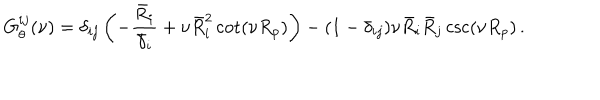
G _ { \theta } ^ { i j } ( \nu ) = \delta _ { i j } \left( - \frac { \bar { R } _ { i } } { \bar { \gamma } _ { i } } + \nu \bar { R } _ { i } ^ { 2 } \cot ( \nu R _ { p } ) \right) - ( 1 - \delta _ { i j } ) \nu \bar { R } _ { i } \bar { R } _ { j } \csc ( \nu R _ { p } ) \, .